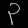
Digit: ၃